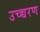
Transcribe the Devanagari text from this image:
उच्च्चरण